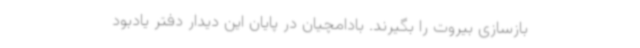
بازسازی بیروت را بگیرند. بادامچیان در پایان این دیدار دفتر یادبود